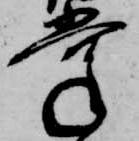
掌